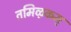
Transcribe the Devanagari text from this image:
तमिऴकम्